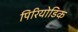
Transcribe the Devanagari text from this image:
पिरियोडिक